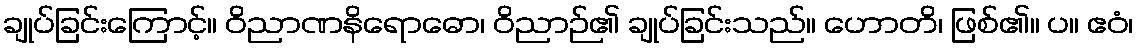
ချုပ်ခြင်းကြောင့်။ ဝိညာဏနိရောဓော၊ ဝိညာဉ်၏ ချုပ်ခြင်းသည်။ ဟောတိ၊ ဖြစ်၏။ ပ။ ဧဝံ၊